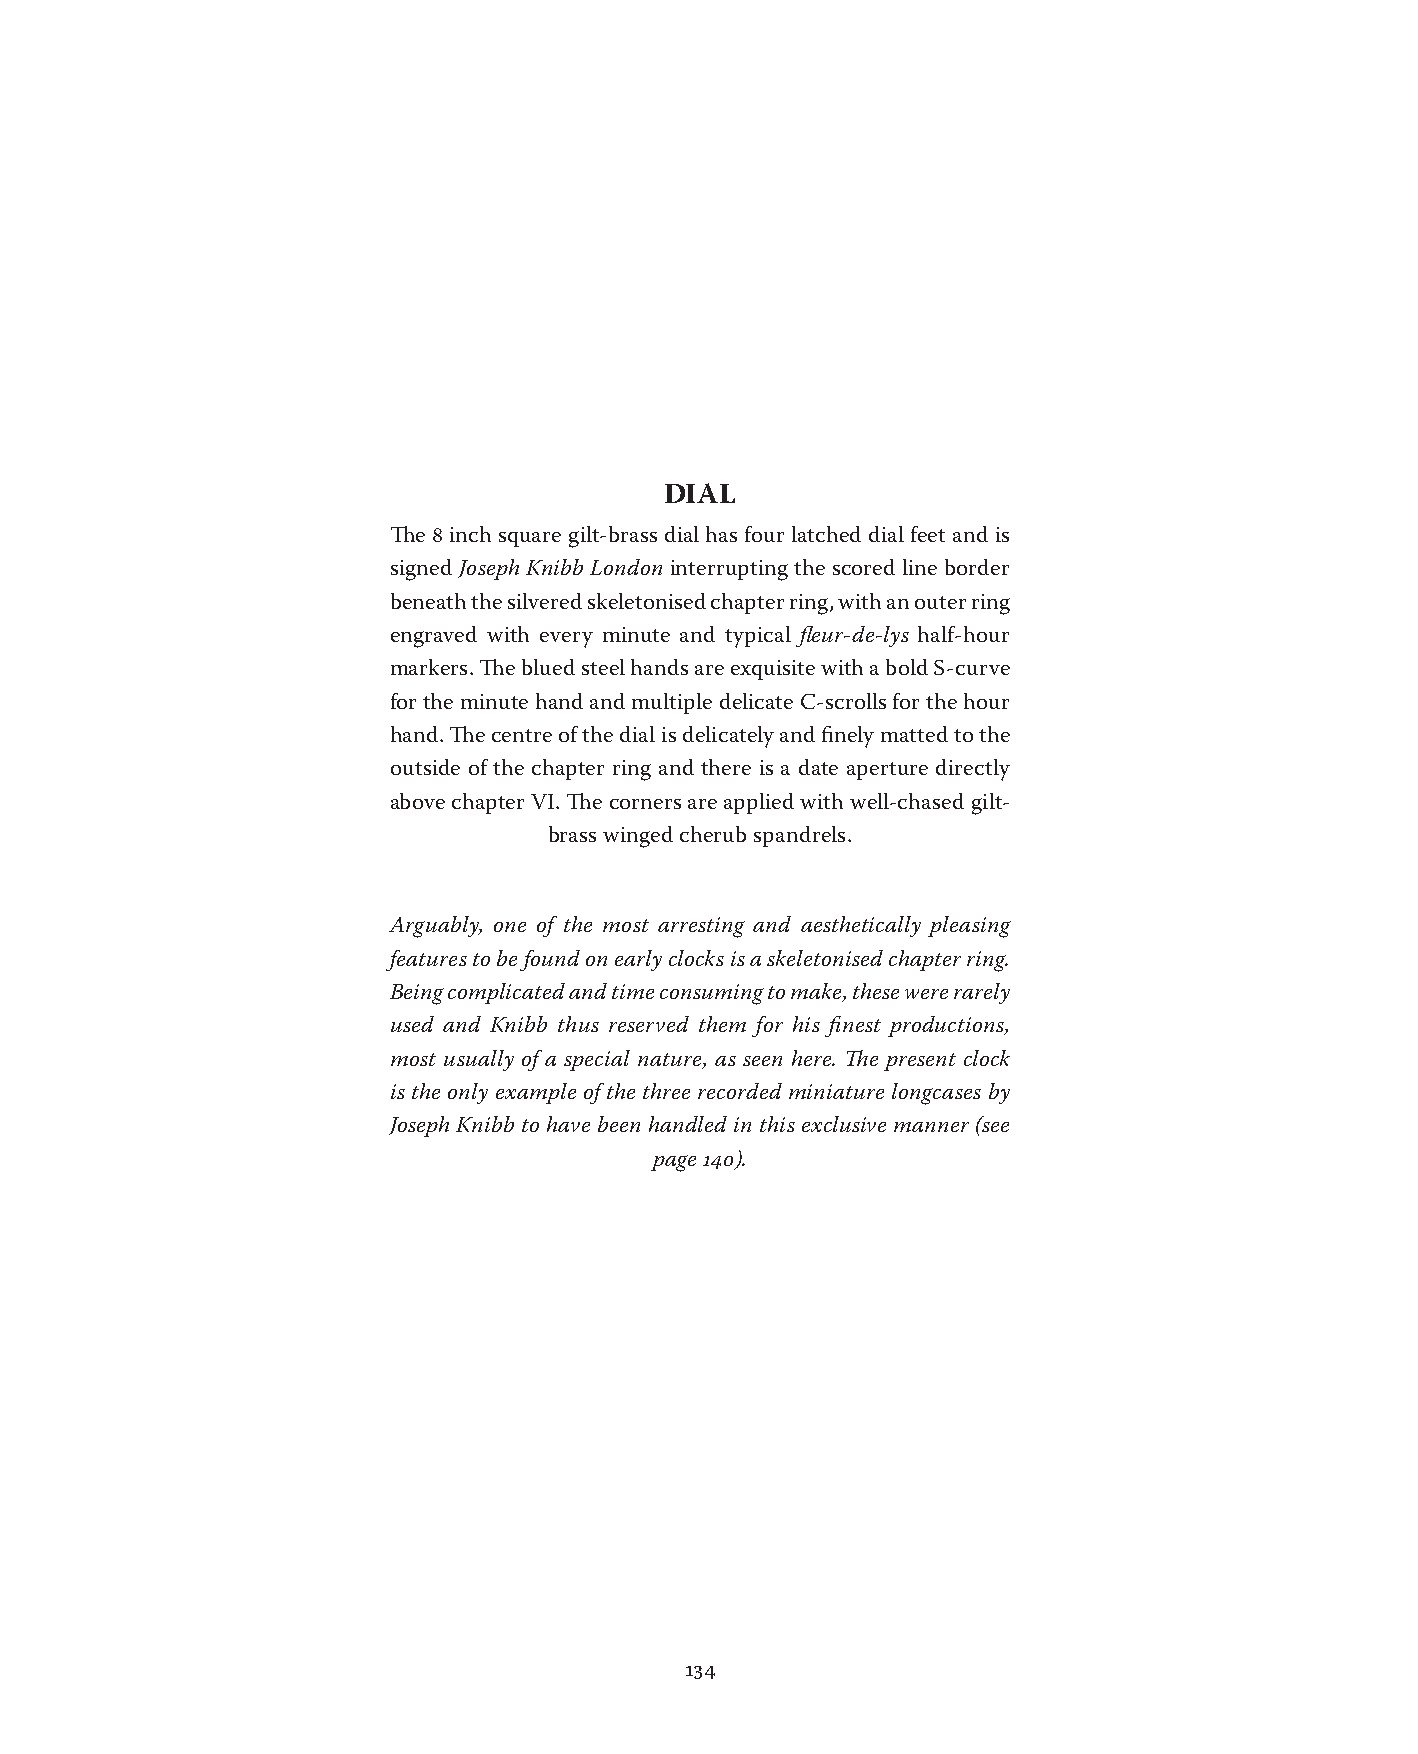
DIAL
 The 8 inch square gilt-brass dial has four latched dial feet and is
 signed Joseph Knibb London interrupting the scored line border
 beneath the silvered skeletonised chapter ring, with an outer ring
 engraved with every minute and typical fleur-de-lys half-hour
 markers. The blued steel hands are exquisite with a bold S-curve
 for the minute hand and multiple delicate C-scrolls for the hour
 hand. The centre of the dial is delicately and finely matted to the
 outside of the chapter ring and there is a date aperture directly
 above chapter VI. The corners are applied with well-chased gilt-
 brass winged cherub spandrels.
 Arguably, one of the most arresting and aesthetically pleasing
 features to be found on early clocks is a skeletonised chapter ring.
 Being complicated and time consuming to make, these were rarely
 used and Knibb thus reserved them for his finest productions,
 most usually of a special nature, as seen here. The present clock
 is the only example of the three recorded miniature longcases by
 Joseph Knibb to have been handled in this exclusive manner (see
 page 140).
 134